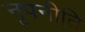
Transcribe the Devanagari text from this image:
नृपनीति